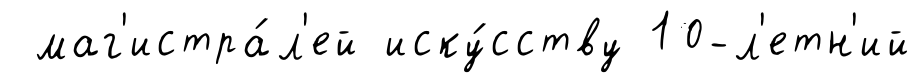
маг'истра́л'ей иску́сству 10-л'етн'ий